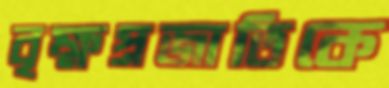
বৃক্ষপ্রজাতিকে